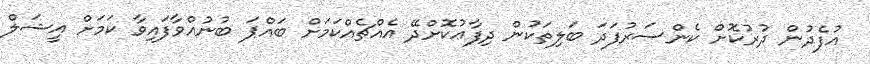
އުފެދުން ދުރުކޮށް ކެންސަރުފަދަ ބަލިތަކުން ދިފާޢުކޮށްދޭ އެއްޗެއްކަމަށް ބައްޕަ ބުނުއްވާފައިވާ ކަމަށް އީޝަލް